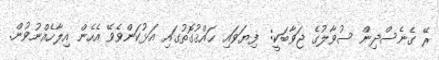
ރޭ ގެނެސްދިން ސުވާލުގެ ޖަވާބަކީ:  ފިޔަވައި ޙައްޤުގޮތުގައި އަޅުކަންވެވޭ އެހެން އިލާހެއްނުވުން.